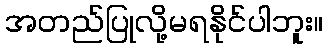
အတည်ပြုလို့မရနိုင်ပါဘူး။